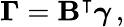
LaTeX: \boldsymbol{\Gamma}=\mathbf{B}^{\intercal}\boldsymbol{\gamma}\, ,